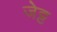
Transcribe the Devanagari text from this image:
जेट्ट